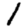
Digit: 1